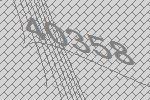
40358